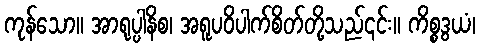
ကုန်သော။ အာရုပ္ပါနိစ၊ အရူပဝိပါက်စိတ်တို့သည်၎င်း။ ကိစ္စဒွယံ၊